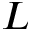
{ \cal L }